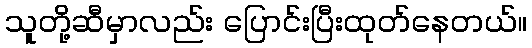
သူတို့ဆီမှာလည်း ပြောင်းပြီးထုတ်နေတယ်။